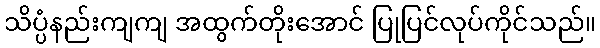
သိပ္ပံနည်းကျကျ အထွက်တိုးအောင် ပြုပြင်လုပ်ကိုင်သည်။